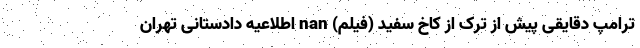
ترامپ دقایقی پیش از ترک از کاخ سفید (فیلم) nan اطلاعیه دادستانی تهران